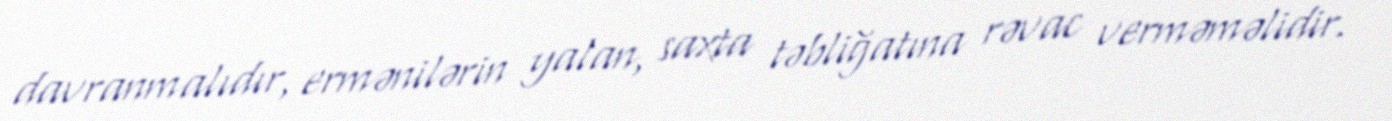
davranmalıdır, ermənilərin yalan, saxta təbliğatına rəvac verməməlidir.